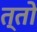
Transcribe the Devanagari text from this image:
त्तो